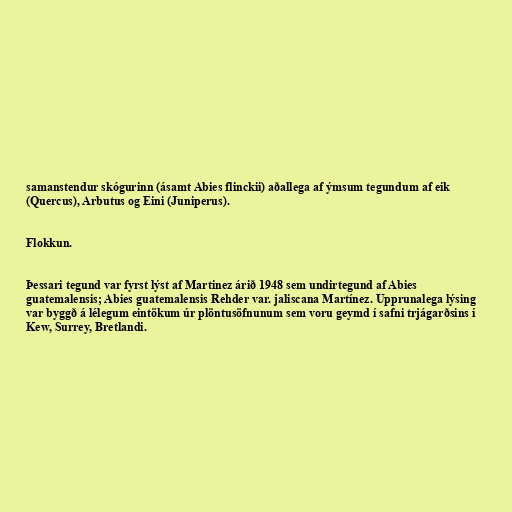
samanstendur skógurinn (ásamt Abies flinckii) aðallega af ýmsum tegundum af eik
(Quercus), Arbutus og Eini (Juniperus).

Flokkun.

Þessari tegund var fyrst lýst af Martinez árið 1948 sem undirtegund af Abies
guatemalensis; Abies guatemalensis Rehder var. jaliscana Martínez. Upprunalega lýsing
var byggð á lélegum eintökum úr plöntusöfnunum sem voru geymd í safni trjágarðsins í
Kew, Surrey, Bretlandi.